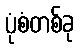
ပုံစံတစ်ခု